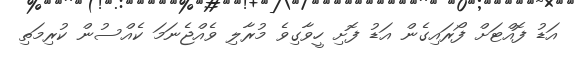
އަޑު ފޮއްޓަށް ފޯރައިގެން އަޑު ފޮށި ހީވާގިވެ މުރާލި ވެއްޖެނަމަ ކެއްސުން ކުރިމަތި